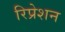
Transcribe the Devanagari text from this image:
रिप्रेशन